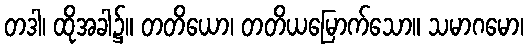
တဒါ၊ ထိုအခါ၌။ တတိယော၊ တတိယမြောက်သော။ သမာဂမော၊